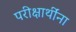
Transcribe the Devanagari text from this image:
परीक्षार्थींना